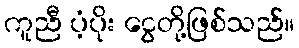
ကူညီ ပံ့ပိုး ငွေတို့ဖြစ်သည်။